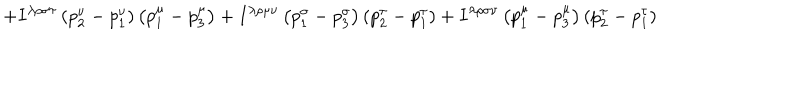
+ I ^ { \lambda \rho \sigma \tau } \left( p _ { 2 } ^ { \nu } - p _ { 1 } ^ { \nu } \right) \left( p _ { 1 } ^ { \mu } - p _ { 3 } ^ { \mu } \right) + I ^ { \lambda \rho \mu \nu } \left( p _ { 1 } ^ { \sigma } - p _ { 3 } ^ { \sigma } \right) \left( p _ { 2 } ^ { \tau } - p _ { 1 } ^ { \tau } \right) + I ^ { \lambda \rho \sigma \nu } \left( p _ { 1 } ^ { \mu } - p _ { 3 } ^ { \mu } \right) \left( p _ { 2 } ^ { \tau } - p _ { 1 } ^ { \tau } \right)